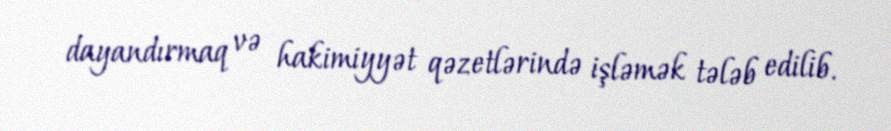
dayandırmaq və hakimiyyət qəzetlərində işləmək tələb edilib.